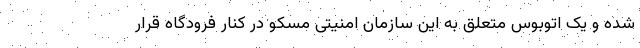
شده و یک اتوبوس متعلق به این سازمان امنیتی مسکو در کنار فرودگاه قرار